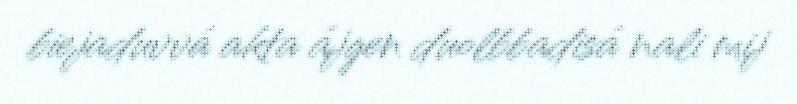
biejaduvvá akta ájgen duolbbadisá nali mij